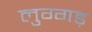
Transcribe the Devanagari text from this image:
लुग्गड़